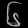
Digit: ၆